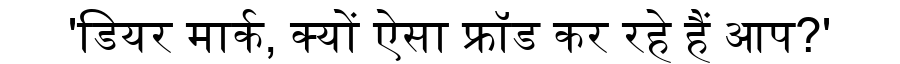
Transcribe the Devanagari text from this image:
'डियर मार्क, क्यों ऐसा फ्रॉड कर रहे हैं आप?'